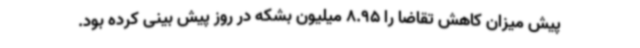
پیش میزان کاهش تقاضا را 8.95 میلیون بشکه در روز پیش بینی کرده بود.